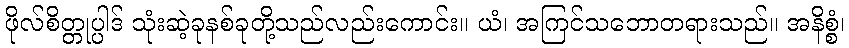
ဖိုလ်စိတ္တုပ္ပါဒ် သုံးဆဲ့ခုနစ်ခုတို့သည်လည်းကောင်း။ ယံ၊ အကြင်သဘောတရားသည်။ အနိစ္စံ၊